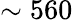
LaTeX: \sim 560